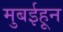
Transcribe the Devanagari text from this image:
मुबईहून